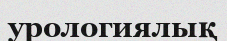
урологиялық